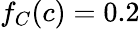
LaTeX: \textstyle f_{C}(c)=0.2